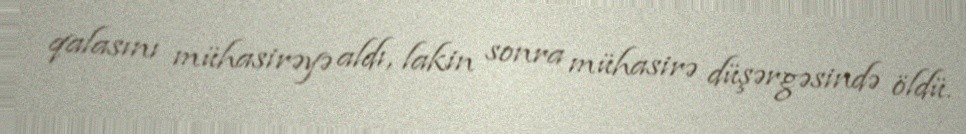
qalasını mühasirəyə aldı, lakin sonra mühasirə düşərgəsində öldü.